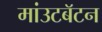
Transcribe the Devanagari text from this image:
मांउटबॅटन